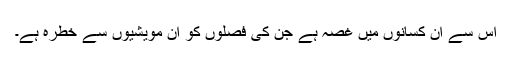
اس سے ان کسانوں میں غصہ ہے جن کی فصلوں کو ان مویشیوں سے خطرہ ہے۔